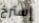
إسترخ